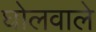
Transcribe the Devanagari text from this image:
घोलवाले